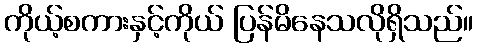
ကိုယ့်စကားနှင့်ကိုယ် ပြန်မိနေသလိုရှိသည်။